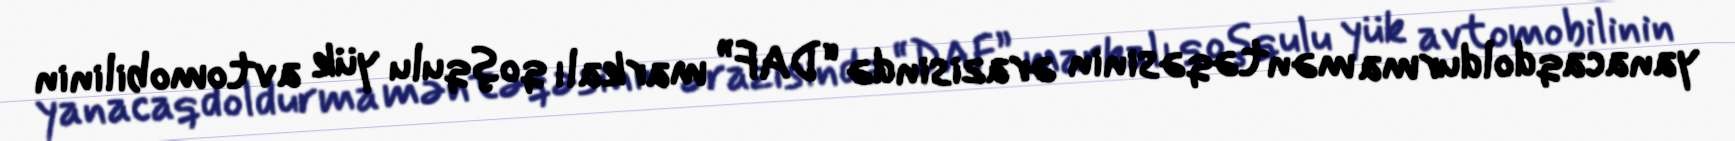
yanacaqdoldurma məntəqəsinin ərazisində “DAF” markalı qoşqulu yük avtomobilinin